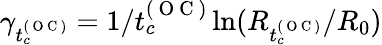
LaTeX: \gamma_{t_{c}^{(\mathrm{~O~C~})}}=1/t_{c}^{(\mathrm{~O~C~})}\ln(R_{t_{c}^{(\mathrm{~O~C~})}}/R_{0})